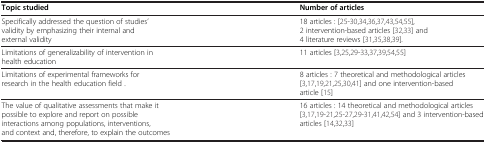
| Topic studied | Number of articles |
 | --- | --- |
 | Specifically addressed the question of studies’ validity by emphasizing their internal and external validity | 18 articles : [25-30,34,36,37,43,54,55], 2 intervention-based articles [32,33] and 4 literature reviews [31,35,38,39]. |
 | Limitations of generalizability of intervention in health education | 11 articles [3,25,29-33,37,39,54,55] |
 | Limitations of experimental frameworks for research in the health education field . | 8 articles : 7 theoretical and methodological articles [3,17,19,21,25,30,41] and one intervention-based article [15] |
 | The value of qualitative assessments that make it possible to explore and report on possible interactions among populations, interventions, and context and, therefore, to explain the outcomes | 16 articles : 14 theoretical and methodological articles [3,17,19-21,25-27,29-31,41,42,54] and 3 intervention-based articles [14,32,33] |